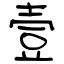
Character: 壹